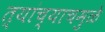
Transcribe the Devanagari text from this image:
त्यांच्याचमुळे